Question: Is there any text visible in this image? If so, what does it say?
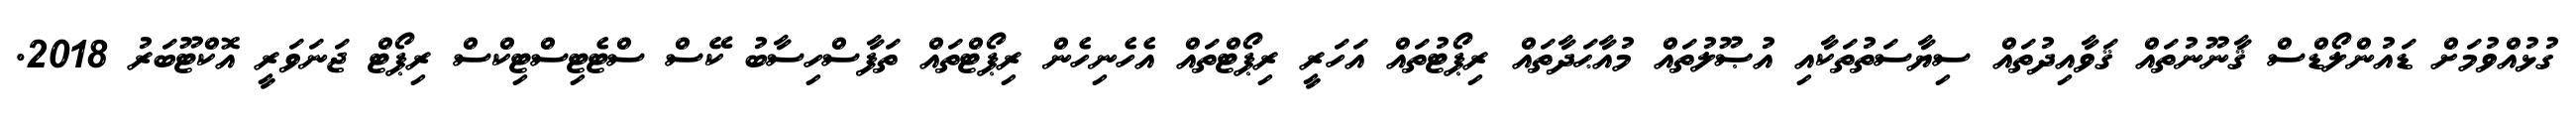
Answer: ގުޅުއްވުމަށް ޑައުންލޯޑްސް ޤާނޫނުތައް ޤަވާއިދުތައް ސިޔާސަތުތަކާއި އުޞޫލުތައް މުއާޙަދާތައް ރިޕޯޓުތައް އަހަރީ ރިޕޯޓްތައް އެހެނިހެން ރިޕޯޓްތައް ތަފާސްހިސާބު ކޭސް ސްޓެޓިސްޓިކްސް ރިޕޯޓް ޖަނަވަރީ އޮކްޓޫބަރު 2018.